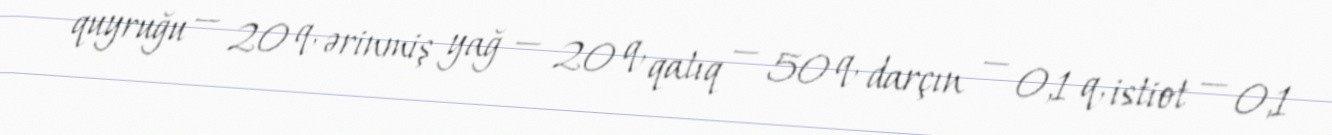
quyruğu — 20 q, ərinmiş yağ — 20 q, qatıq — 50 q, darçın — 0,1 q, istiot — 0,1